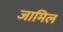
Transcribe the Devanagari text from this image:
जामिल